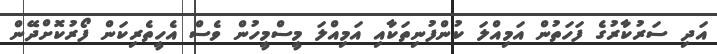
އަދި ސަރުކާރުގެ ފަހަތުން އަމިއްލަ ކުންފުނިތަކާއި އަމިއްލަ މީސްމީހުން ވެސް އެހީތެރިކަން ފޯރުކޮށްދޭން